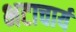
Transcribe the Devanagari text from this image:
भटाचार्य